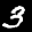
Label: 3